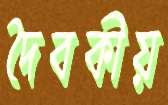
দৈবকীয়